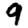
Digit: 9